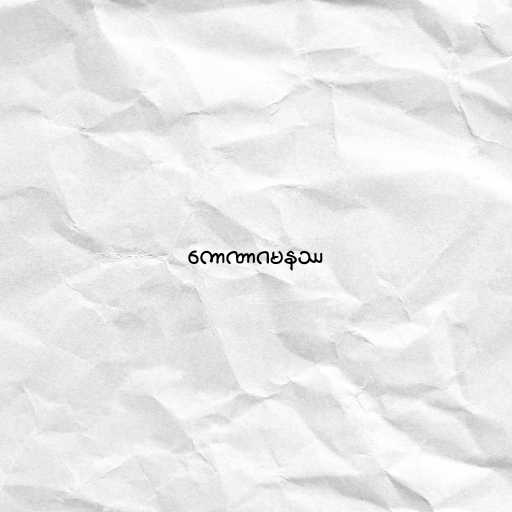
ကောဏာဂမနဿ